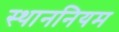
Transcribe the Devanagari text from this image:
स्थाननियम